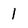
Character: 1